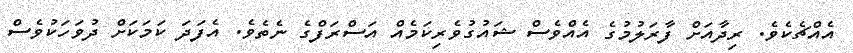
އެއްޗެކެވެ. ރިދާއަށް ފާރަލުމުގެ އެއްވެސް ޝައުގުވެރިކަމެއް އަސްރަފްގެ ނެތެވެ. އެފަދަ ކަމަކަށް ދުވަހަކުވެސް